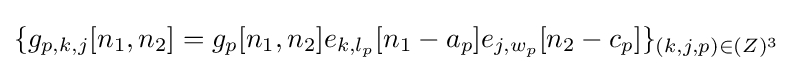
\{g_{p,k,j}[n_{1},n_{2}]=g_{p}[n_{1},n_{2}]e_{k,l_{p}}[n_{1}-a_{p}]e_{j,w_{p}}[n_{2}-c_{p}]\}_{(k,j,p)\in \mathbb {(} Z)^{3}}